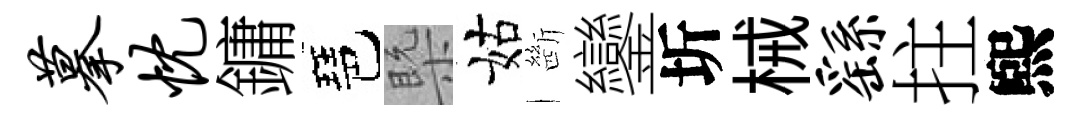
摹忱鏞琶槩姑㫁鑾圻械繇拄煕